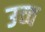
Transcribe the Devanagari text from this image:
उच्व